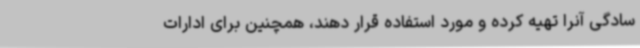
سادگی آنرا تهیه کرده و مورد استفاده قرار دهند، همچنین برای ادارات